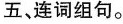
五、连词组句。